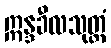
ဣန္ဒခီလသုတ္တံ